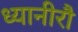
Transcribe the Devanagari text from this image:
ध्यानीरौ